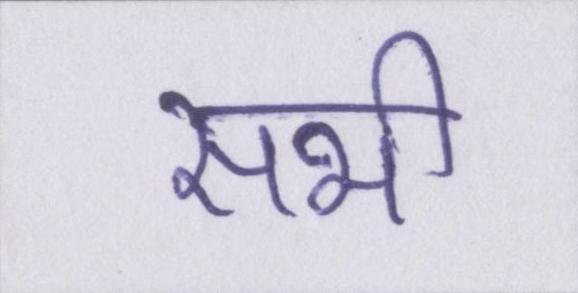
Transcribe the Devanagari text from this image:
सभी